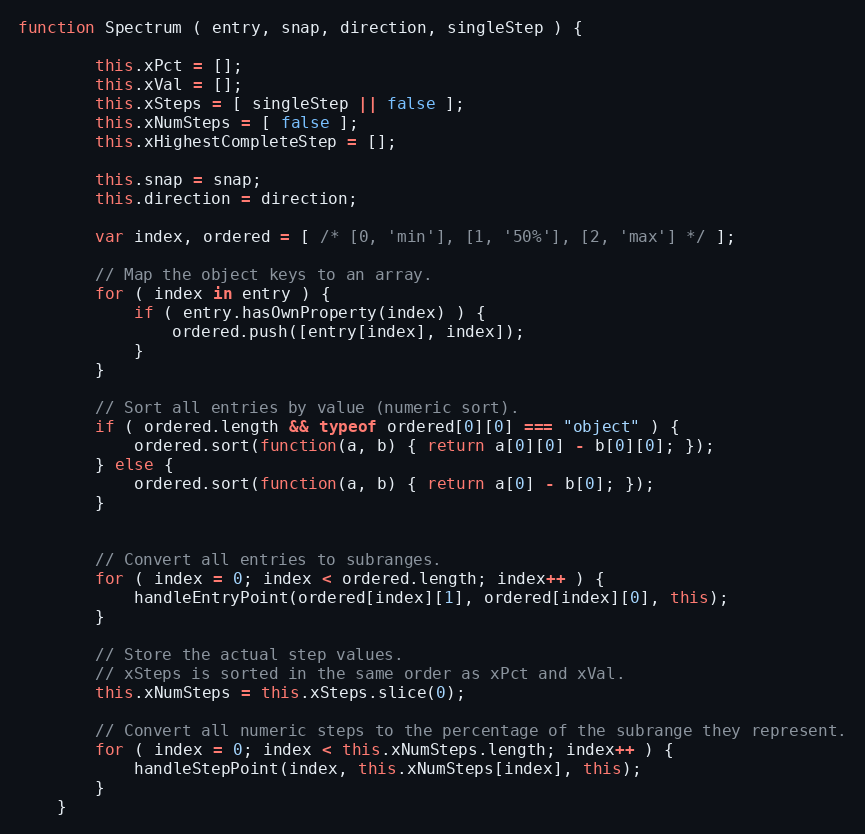
Language: JavaScript
function Spectrum ( entry, snap, direction, singleStep ) {

        this.xPct = [];
        this.xVal = [];
        this.xSteps = [ singleStep || false ];
        this.xNumSteps = [ false ];
        this.xHighestCompleteStep = [];

        this.snap = snap;
        this.direction = direction;

        var index, ordered = [ /* [0, 'min'], [1, '50%'], [2, 'max'] */ ];

        // Map the object keys to an array.
        for ( index in entry ) {
            if ( entry.hasOwnProperty(index) ) {
                ordered.push([entry[index], index]);
            }
        }

        // Sort all entries by value (numeric sort).
        if ( ordered.length && typeof ordered[0][0] === "object" ) {
            ordered.sort(function(a, b) { return a[0][0] - b[0][0]; });
        } else {
            ordered.sort(function(a, b) { return a[0] - b[0]; });
        }

        // Convert all entries to subranges.
        for ( index = 0; index < ordered.length; index++ ) {
            handleEntryPoint(ordered[index][1], ordered[index][0], this);
        }

        // Store the actual step values.
        // xSteps is sorted in the same order as xPct and xVal.
        this.xNumSteps = this.xSteps.slice(0);

        // Convert all numeric steps to the percentage of the subrange they represent.
        for ( index = 0; index < this.xNumSteps.length; index++ ) {
            handleStepPoint(index, this.xNumSteps[index], this);
        }
    }